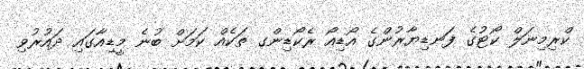
ކްރިމިނަލް ކޯޓުގެ ފަނޑިޔާރުންގެ އޯޑިއޯ ރެކޯޑިންގ ތަކެއް ކަމަށް ބުނެ މީޑިއާގައި ދައުރުވި